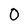
Character: O